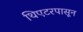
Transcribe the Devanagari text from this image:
थिएटरपासून